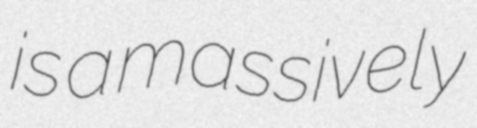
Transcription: is a massively